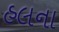
હલના